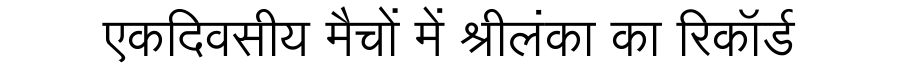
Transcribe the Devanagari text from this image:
एकदिवसीय मैचों में श्रीलंका का रिकॉर्ड